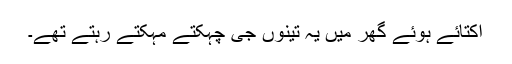
اکتائے ہوئے گھر میں یہ تینوں جی چہکتے مہکتے رہتے تھے۔